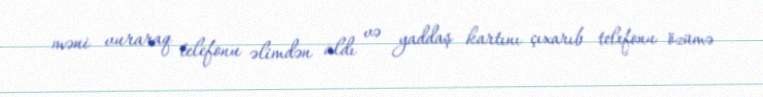
məni vuraraq telefonu əlimdən aldı və yaddaş kartını çıxarıb telefonu özümə